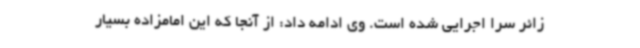
زائر سرا اجرایی شده است. وی ادامه داد: از آنجا که این امامزاده بسیار